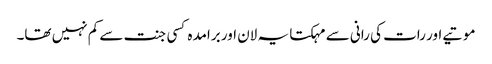
موتیے اور رات کی رانی سے مہکتا یہ لان اور برامدہ کسی جنت سے کم نہیں تھا۔